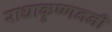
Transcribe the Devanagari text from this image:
राधाकृष्णननी